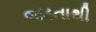
જડતાથી